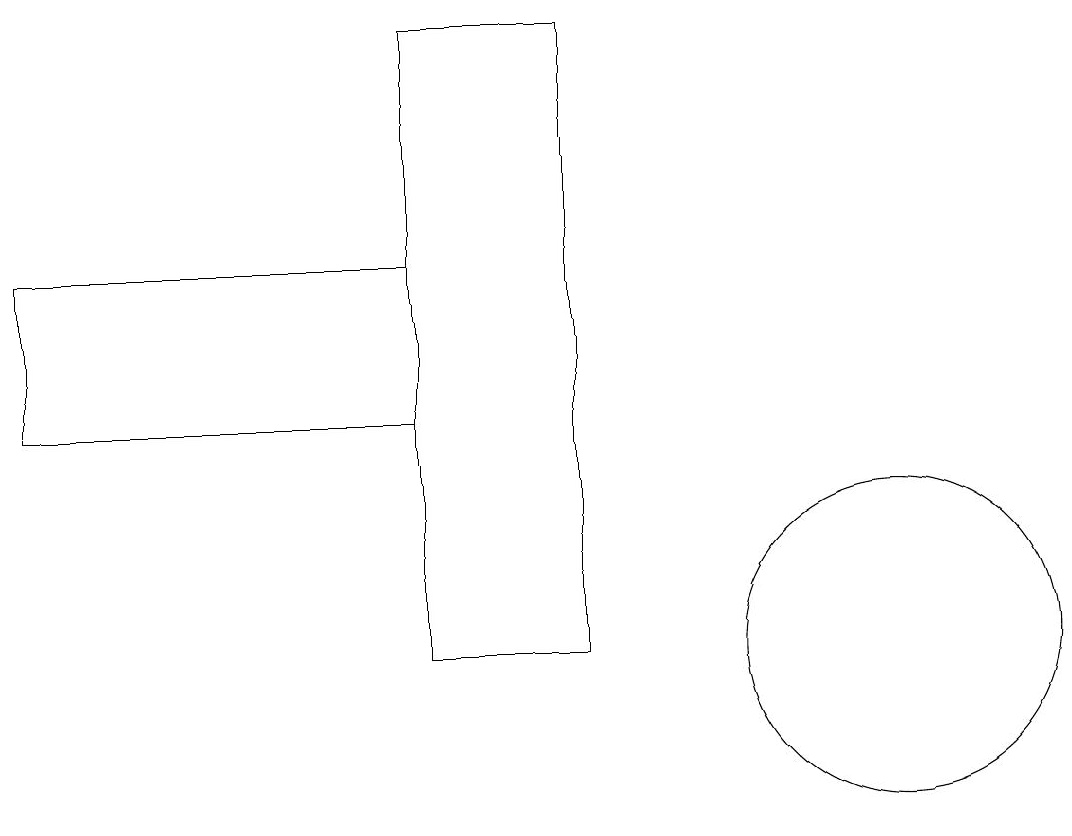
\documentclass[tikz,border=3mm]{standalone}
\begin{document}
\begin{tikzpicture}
\draw (6,19) rectangle (8,11);
\draw (12,11) circle (2);
\draw (1,16) rectangle (6,14);
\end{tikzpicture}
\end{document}